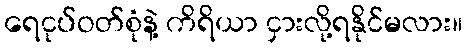
ရေငုပ်ဝတ်စုံနဲ့ ကိရိယာ ငှားလို့ရနိုင်မလား။